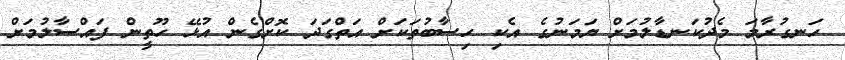
ހަނގުރާމަ މެދުކަނޑާލުމަށް ޔަމަނުގެ އެކި ހިސާބުތަކަށް އަތްގަދަ ކޮށްގެން އުޅޭ ހޫތީން ފައްސާލުމަށް